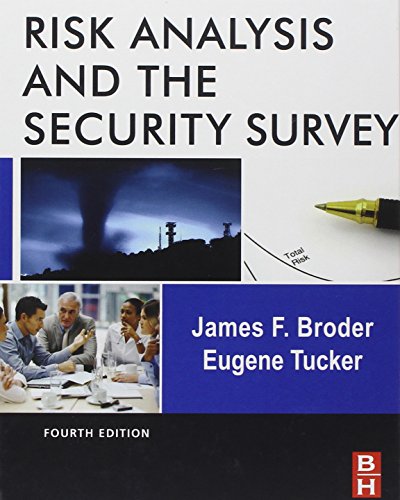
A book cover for Risk Analysis and the Security Survey, Fourth Edition; James F. Broder; Politics & Social Sciences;